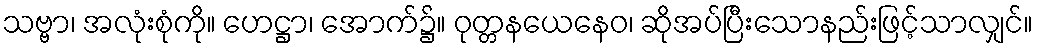
သဗ္ဗာ၊ အလုံးစုံကို။ ဟေဋ္ဌာ၊ အောက်၌။ ဝုတ္တနယေနေဝ၊ ဆိုအပ်ပြီးသောနည်းဖြင့်သာလျှင်။